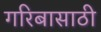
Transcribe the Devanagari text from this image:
गरिबासाठी